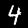
Digit: 4